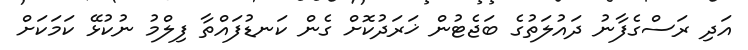
އަދި ރަސްގެފާނު ދައުލަތުގެ ބަޖެޓުން ޚަރަދުކޮށް ގެން ކަނޑުފައްތާ ފިލްމު ނުކުޅޭ ކަމަކަށް